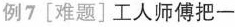
例7[难题]工人师傅把一